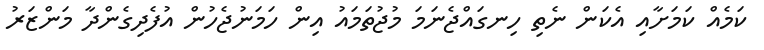
ކަމެއް ކަމަށާއި އެކަން ނެތި ހިނގައްްޖެނަމަ މުޖުތަމައު އިން ހަމަނުޖެހުން އުފެދިގެންދާ މަންޒަރު